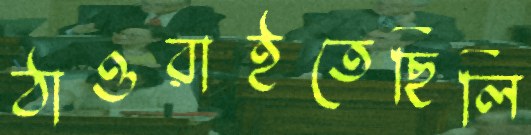
ঠাওরাইতেছিলি